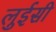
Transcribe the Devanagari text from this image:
लुईसी